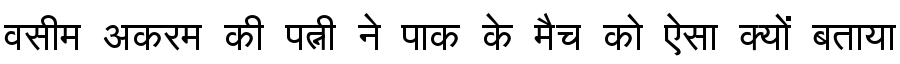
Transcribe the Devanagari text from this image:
वसीम अकरम की पत्नी ने पाक के मैच को ऐसा क्यों बताया